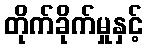
တိုက်ခိုက်မှုနှင့်